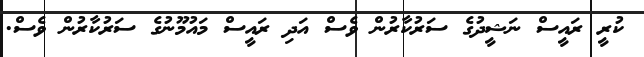
ކުރީ ރައީސް ނަޝީދުގެ ސަރުކާރުން ވެސް އަދި ރައީސް މައުމޫނުގެ ސަރުކާރުން ވެސް.